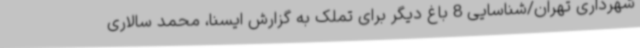
شهرداری تهران/شناسایی 8 باغ دیگر برای تملک به گزارش ایسنا، محمد سالاری